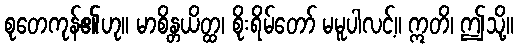
စုတေကုန်၏ဟု။ မာစိန္တယိတ္ထ၊ စိုးရိမ်တော် မမူပါလင့်။ ဣတိ၊ ဤသို့။